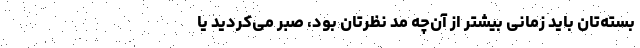
بسته‌تان باید زمانی بیشتر از آن‌چه مد نظرتان بود، صبر می‌کردید یا